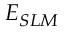
E _ { S L M }